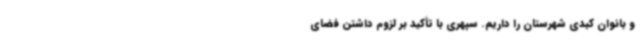
و بانوان کبدی شهرستان را داریم. سپهری با تأکید بر لزوم داشتن فضای